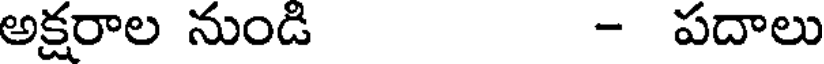
అక్షరాల నుండి - పదాలు